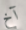
آخ